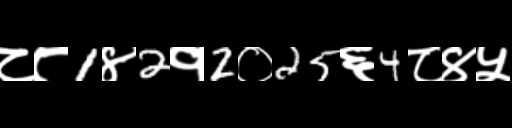
Text: ८८1४2१2०25६4८४५